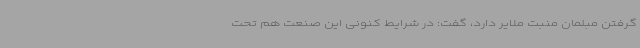
گرفتن مبلمان منبت ملایر دارد، گفت:‌ در شرایط کنونی این صنعت هم تحت